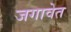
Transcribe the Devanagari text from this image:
जगावेत